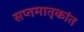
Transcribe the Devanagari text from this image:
सप्तमातृकांत